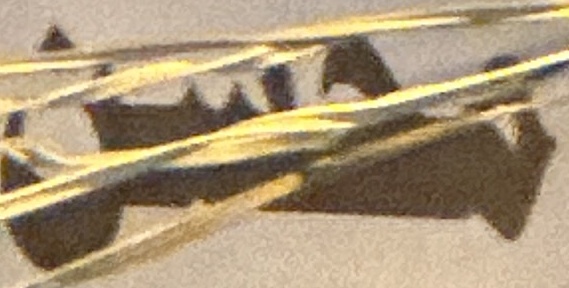
محسن